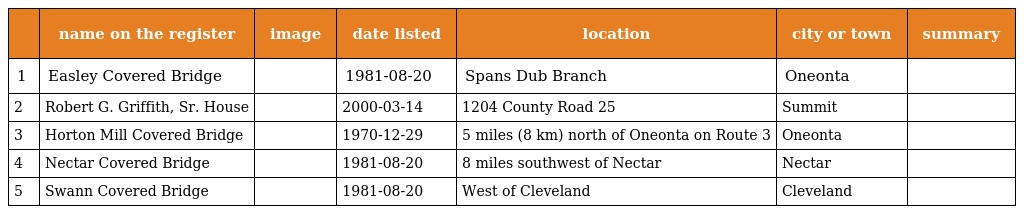
|  | name on the register | image | date listed | location | city or town | summary |
 | --- | --- | --- | --- | --- | --- | --- |
 | 1 | Easley Covered Bridge |  | 1981-08-20 | Spans Dub Branch | Oneonta |  |
 | 2 | Robert G. Griffith, Sr. House |  | 2000-03-14 | 1204 County Road 25 | Summit |  |
 | 3 | Horton Mill Covered Bridge |  | 1970-12-29 | 5 miles (8 km) north of Oneonta on Route 3 | Oneonta |  |
 | 4 | Nectar Covered Bridge |  | 1981-08-20 | 8 miles southwest of Nectar | Nectar |  |
 | 5 | Swann Covered Bridge |  | 1981-08-20 | West of Cleveland | Cleveland |  |